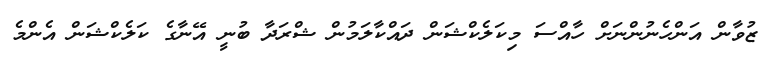
ޒުވާން އަންހެނުންނަށް ހާއްސަ މިކަލެކްޝަން ދައްކާލަމުން ޝްރަދާ ބުނީ އޭނާގެ ކަލެކްޝަން އެންމެ